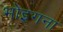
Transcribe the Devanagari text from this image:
भोइगना